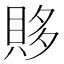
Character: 𰷂